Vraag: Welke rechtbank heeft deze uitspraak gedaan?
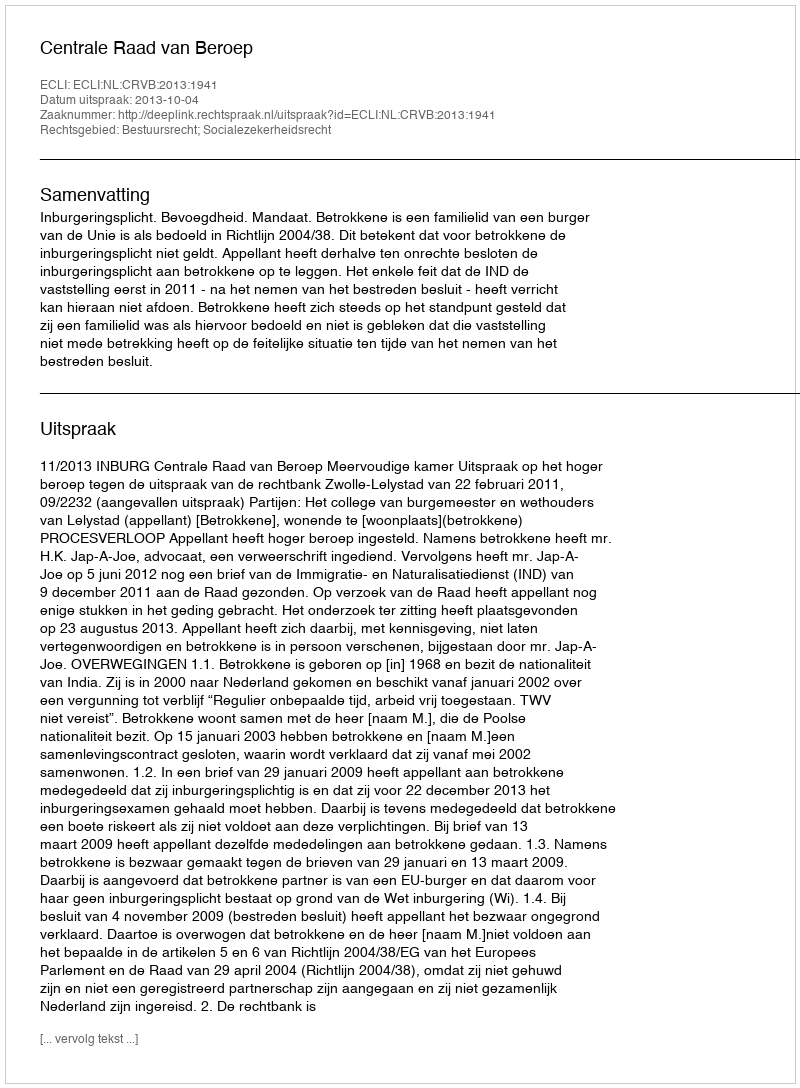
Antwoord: Centrale Raad van Beroep